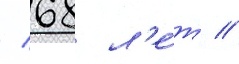
/ 68 л'е́т //